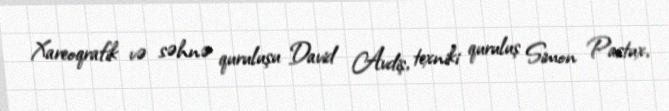
Xareoqrafik və səhnə quruluşu David Avdiş, texniki quruluş Simon Pastux,